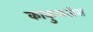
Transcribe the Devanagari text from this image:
काकुळतीस